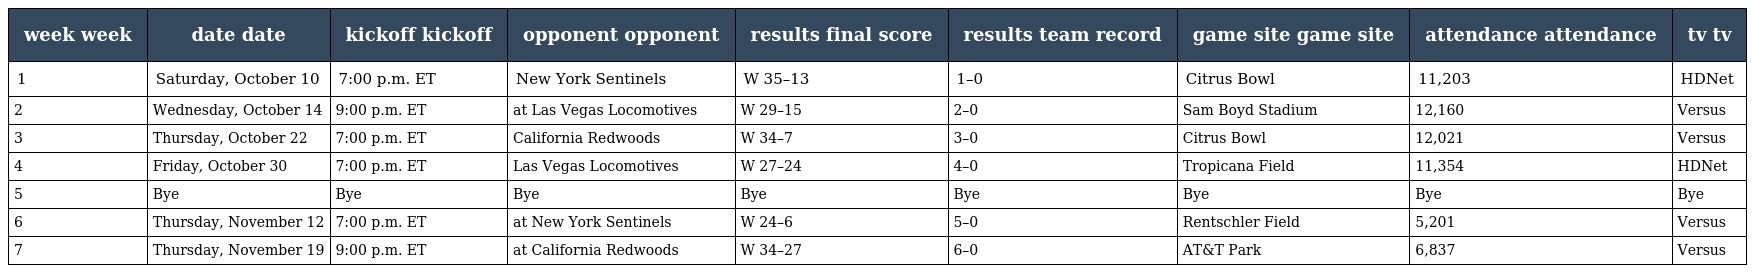
| week week | date date | kickoff kickoff | opponent opponent | results final score | results team record | game site game site | attendance attendance | tv tv |
 | --- | --- | --- | --- | --- | --- | --- | --- | --- |
 | 1 | Saturday, October 10 | 7:00 p.m. ET | New York Sentinels | W 35–13 | 1–0 | Citrus Bowl | 11,203 | HDNet |
 | 2 | Wednesday, October 14 | 9:00 p.m. ET | at Las Vegas Locomotives | W 29–15 | 2–0 | Sam Boyd Stadium | 12,160 | Versus |
 | 3 | Thursday, October 22 | 7:00 p.m. ET | California Redwoods | W 34–7 | 3–0 | Citrus Bowl | 12,021 | Versus |
 | 4 | Friday, October 30 | 7:00 p.m. ET | Las Vegas Locomotives | W 27–24 | 4–0 | Tropicana Field | 11,354 | HDNet |
 | 5 | Bye | Bye | Bye | Bye | Bye | Bye | Bye | Bye |
 | 6 | Thursday, November 12 | 7:00 p.m. ET | at New York Sentinels | W 24–6 | 5–0 | Rentschler Field | 5,201 | Versus |
 | 7 | Thursday, November 19 | 9:00 p.m. ET | at California Redwoods | W 34–27 | 6–0 | AT&T Park | 6,837 | Versus |